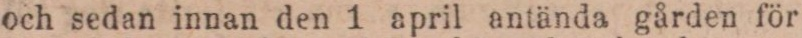
och sedan innan den 1 april antända gården för